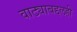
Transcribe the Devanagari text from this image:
वाट्याबद्दलही